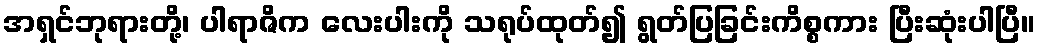
အရှင်ဘုရားတို့၊ ပါရာဇိက လေးပါးကို သရုပ်ထုတ်၍ ရွတ်ပြခြင်းကိစ္စကား ပြီးဆုံးပါပြီ။